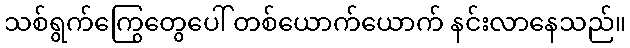
သစ်ရွက်ကြွေတွေပေါ် တစ်ယောက်ယောက် နင်းလာနေသည်။